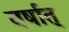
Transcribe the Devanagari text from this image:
वर्षात्